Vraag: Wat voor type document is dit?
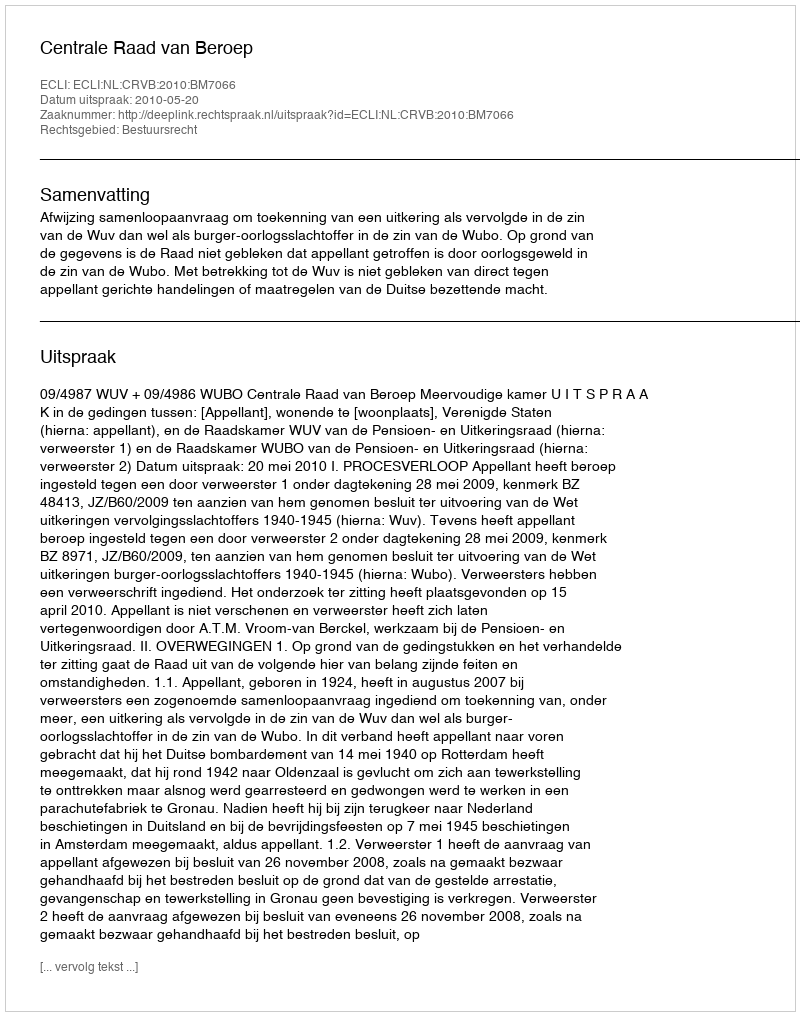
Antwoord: Uitspraak